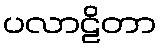
ပလာဠိတာ